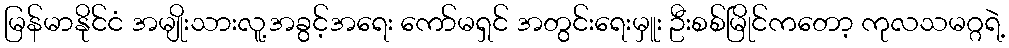
မြန်မာနိုင်ငံ အမျိုးသားလူ့အခွင့်အရေး ကော်မရှင် အတွင်းရေးမှူး ဦးစစ်မြိုင်ကတော့ ကုလသမဂ္ဂရဲ့